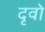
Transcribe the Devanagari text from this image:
दृवो